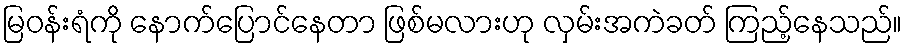
မြဝန်းရံကို နောက်ပြောင်နေတာ ဖြစ်မလားဟု လှမ်းအကဲခတ် ကြည့်နေသည်။